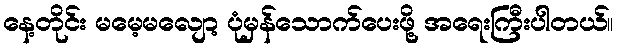
နေ့တိုင်း မမေ့မလျော့ ပုံမှန်သောက်ပေးဖို့ အရေးကြီးပါတယ်။